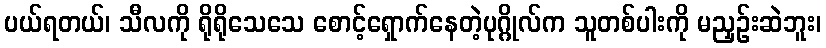
ပယ်ရတယ်၊ သီလကို ရိုရိုသေသေ စောင့်ရှောက်နေတဲ့ပုဂ္ဂိုလ်က သူတစ်ပါးကို မညှဉ်းဆဲဘူး၊